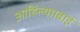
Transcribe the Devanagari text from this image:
आहिल्यााबाई